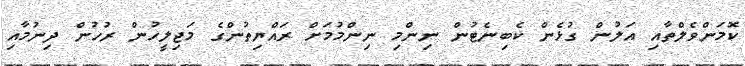
ކޮމަންވެލްތާއި އަލުން ގުޅެން ކެބިނެޓުން ނިންމި ނިންމުމަށް ރައްޔިތުންގެ މަޖިލީހުން ރުުހުން ދިނުމާއި